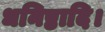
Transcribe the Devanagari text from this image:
धनिष्ठादि।